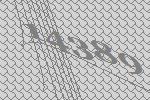
14389